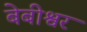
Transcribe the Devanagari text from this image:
बेबीश्वर